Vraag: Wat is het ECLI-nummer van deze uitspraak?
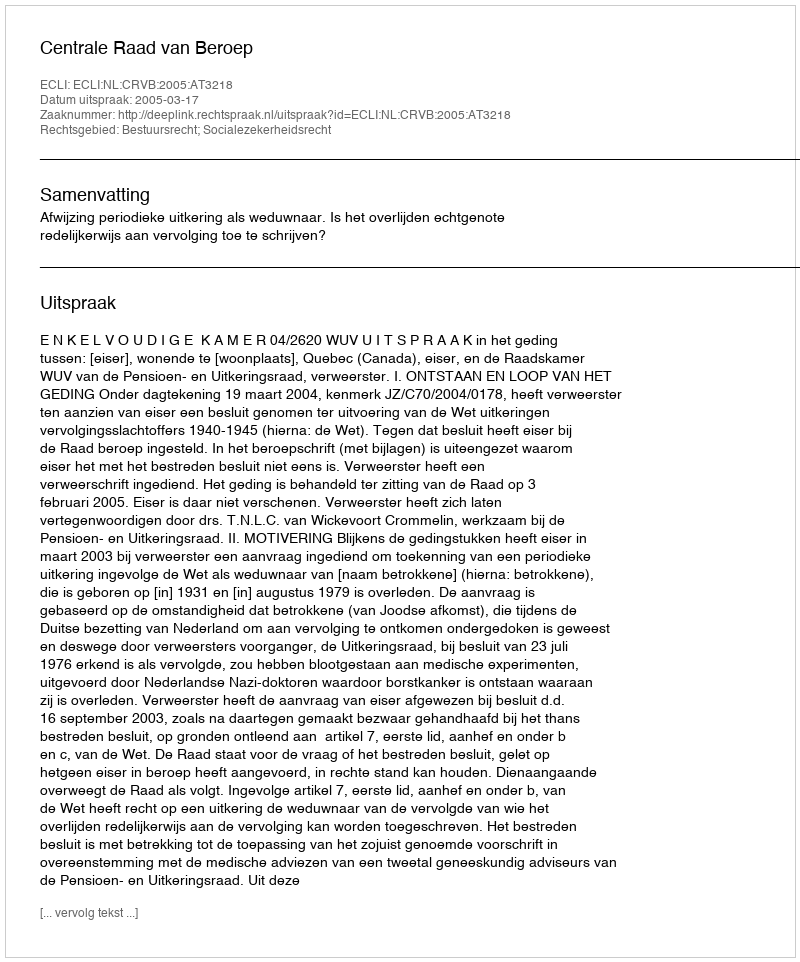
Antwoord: ECLI:NL:CRVB:2005:AT3218